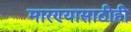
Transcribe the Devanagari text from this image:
मारण्यासाठीही